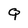
Character: Q